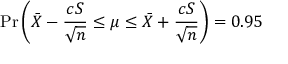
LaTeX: \operatorname* { P r } \left( { \bar { X } } - { \frac { c S } { \sqrt { n } } } \leq \mu \leq { \bar { X } } + { \frac { c S } { \sqrt { n } } } \right) = 0 . 9 5